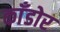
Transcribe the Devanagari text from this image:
काँडोर